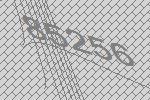
85256